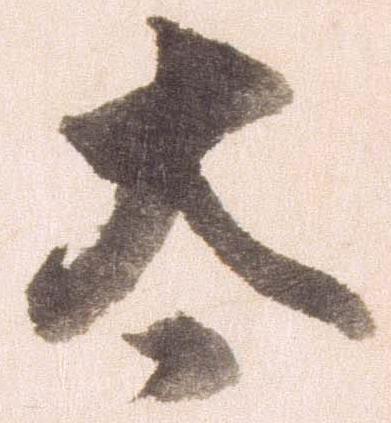
太